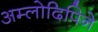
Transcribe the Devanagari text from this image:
अम्लोदिपिने